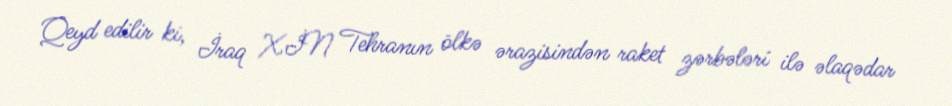
Qeyd edilir ki, İraq XİN Tehranın ölkə ərazisindən raket zərbələri ilə əlaqədar